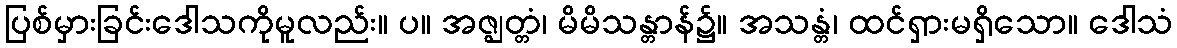
ပြစ်မှားခြင်းဒေါသကိုမူလည်း။ ပ။ အဇ္ဈတ္တံ၊ မိမိသန္တာန်၌။ အသန္တံ၊ ထင်ရှားမရှိသော။ ဒေါသံ